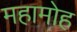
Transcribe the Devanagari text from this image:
महामोह